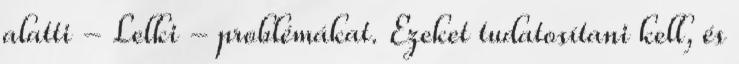
alatti - Lelki - problémákat. Ezeket tudatosítani kell, és